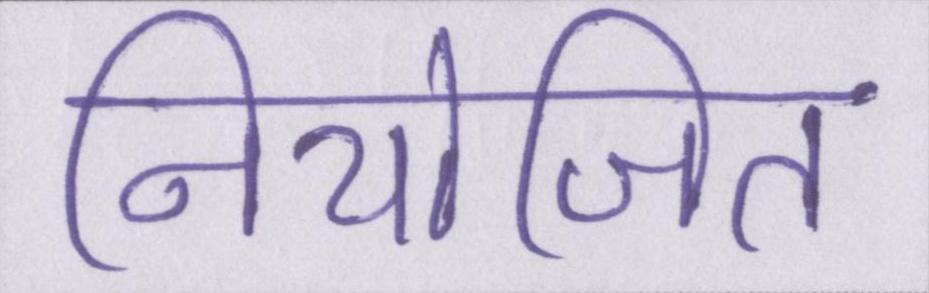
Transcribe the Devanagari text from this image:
नियोजित